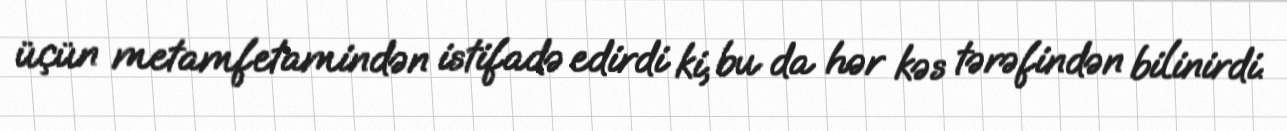
üçün metamfetamindən istifadə edirdi ki, bu da hər kəs tərəfindən bilinirdi.